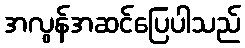
အလွန်အဆင်ပြေပါသည်